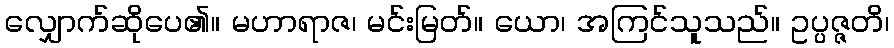
လျှောက်ဆိုပေ၏။ မဟာရာဇ၊ မင်းမြတ်။ ယော၊ အကြင်သူသည်။ ဥပ္ပဇ္ဇတိ၊